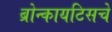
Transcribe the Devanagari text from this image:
ब्रोन्कायटिसचे